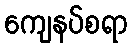
ကျေနပ်စရာ